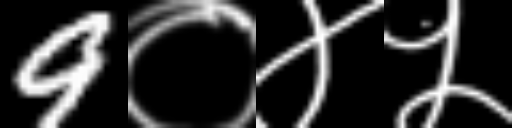
Text: 9०४५